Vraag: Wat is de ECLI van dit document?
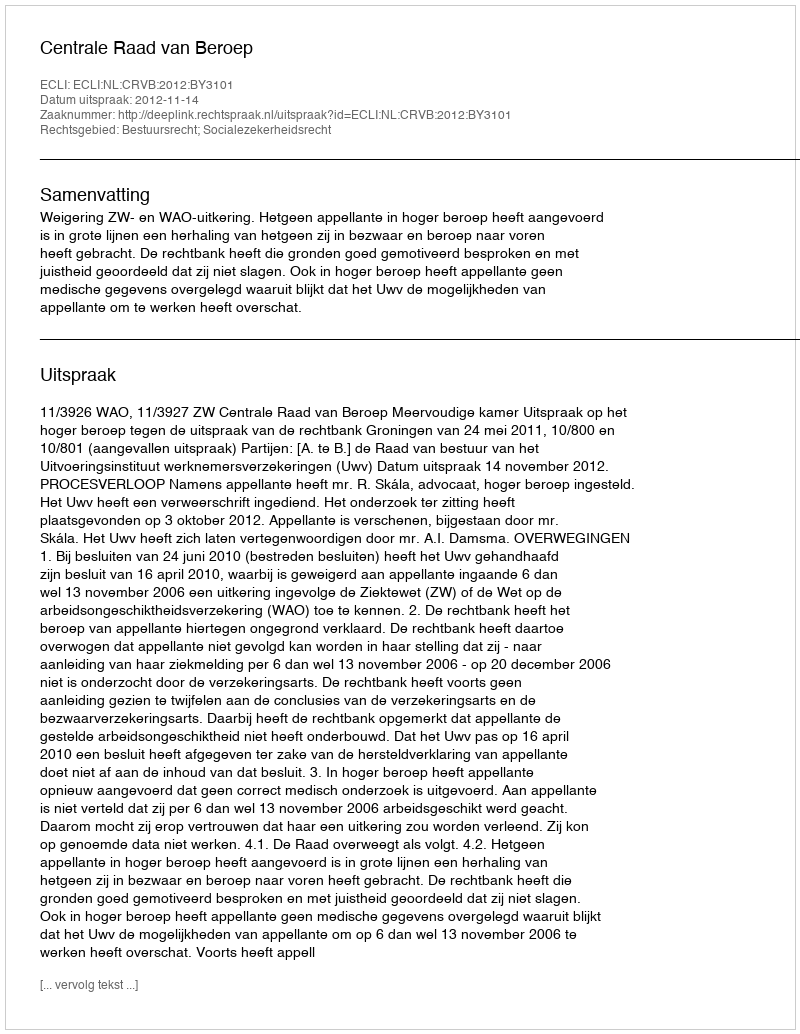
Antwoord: ECLI:NL:CRVB:2012:BY3101